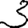
Digit: 3